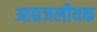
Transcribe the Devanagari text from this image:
आद्यजलीयक